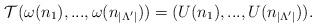
LaTeX: \begin{align*} \mathcal{T}(\omega(n_1),...,\omega(n_{|\Lambda'|}))=(U(n_1),...,U(n_{|\Lambda'|})).\end{align*}